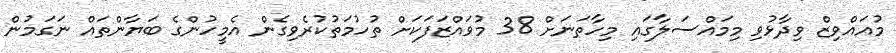
މުއައްވިޒް ވިދާޅުވި މިމައްސަލާގައި މިހާތަނަށް 38 މުވައްޒަފަކަށް ތުހުމަތުކުރެވިގެން އެމީހުންގެ ބަޔާންތައް ނަގަމުން